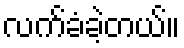
လက်ခံခဲ့တယ်။